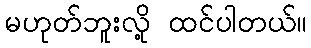
မဟုတ်ဘူးလို့ ထင်ပါတယ်။